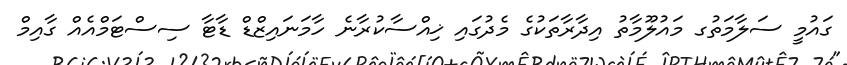
ގައުމީ ސަލާމަތުގ މައުލޫމާތު އިދާރާތަކުގެ މެދުގައި ޚިއްސާކުރާނެ ހާމަނައިޒްޑް ޑާޓާ ސިސްޓަމްއެއް ގާއިމް